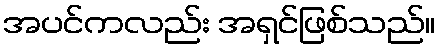
အပင်ကလည်း အရှင်ဖြစ်သည်။